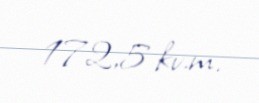
172,5 kv.m.